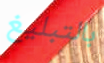
بالتبليغ